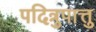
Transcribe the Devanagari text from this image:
पदित्रुपात्तु